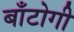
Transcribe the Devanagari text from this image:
बाँटोगी